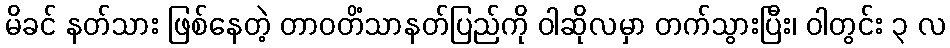
မိခင် နတ်သား ဖြစ်နေတဲ့ တာဝတိံသာနတ်ပြည်ကို ဝါဆိုလမှာ တက်သွားပြီး၊ ဝါတွင်း ၃ လ